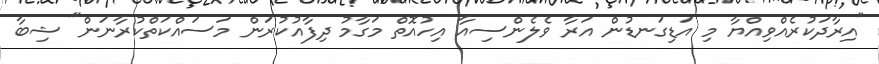
"އިރާދަކުރެއްވިއްޔާ މި އަޑިގަނޑުން އަރާ ވެލެންސިއާ އިހުއޮތް މަގާމު ދިފާއުކުރަން މަސައްކަތްކުރާނަން" ޝިބާ